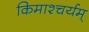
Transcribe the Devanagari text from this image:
किमाश्चर्यम्